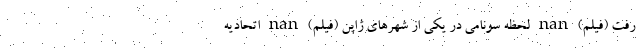
رفت (فیلم) nan لحظه سونامی در یکی از شهر‌های ژاپن (فیلم) nan اتحادیه